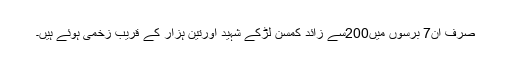
صرف ان7 برسوں میں200سے زائد کمسن لڑکے شہید اورتین ہزار کے قریب زخمی ہوئے ہیں۔